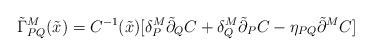
LaTeX: \begin{align*}\tilde{\Gamma}_{PQ}^M(\tilde{x})= C^{-1}(\tilde{x})[\delta_P^M\tilde{\partial}_QC+\delta_Q^M \tilde{\partial}_PC -\eta_{PQ}\tilde{\partial}^MC]\end{align*}